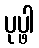
ပုပ္ဖါ